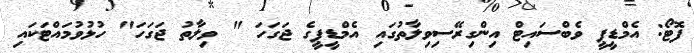
ފޮޓޯ: އެމްޑީޕީ ވެބްސައިޓް އިންގިރޭސިވިލާތުގައި އެމްޑީޕީގެ ޖަގަހަ " ވިލާތު ޖަގަހަ" ހުޅުވުމައްޓަކައި